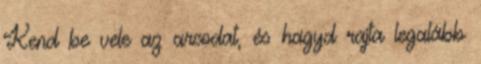
Kend be vele az arcodat, és hagyd rajta legalább